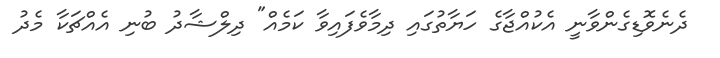
ދެނެވޮޑިގެންވާނީ އެކުއްޖާގެ ހަޔާތުގައި ދިމާވެފައިވާ ކަމެއް" ދިލްޝާދު ބުނި އެއްޗަކާ މެދު